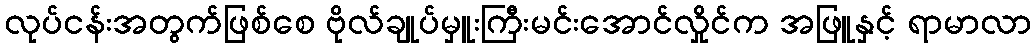
လုပ်ငန်းအတွက်ဖြစ်စေ ဗိုလ်ချုပ်မှူးကြီးမင်းအောင်လှိုင်က အဖြူနှင့် ရာမာလာ